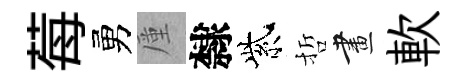
莓勇厪隸紫哲畫軟